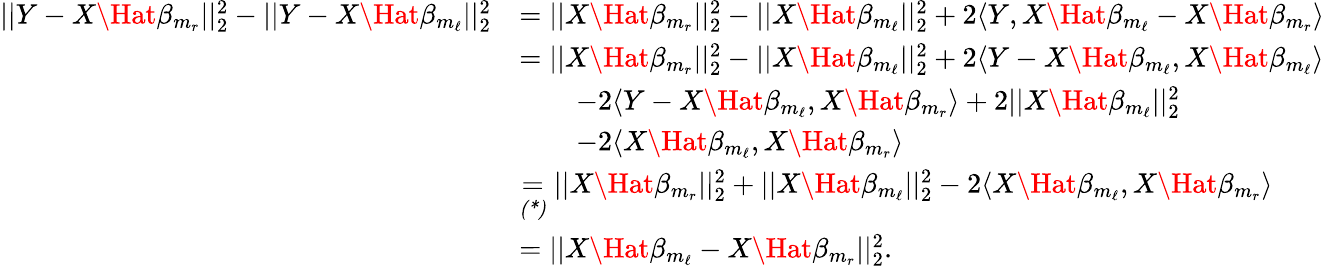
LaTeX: \begin{array}{rl}{||Y-X\Hat{\beta}_{m_{r}}||_{2}^{2}-||Y-X\Hat{\beta}_{m_{\ell}}||_{2}^{2}}&{=||X\Hat{\beta}_{m_{r}}||_{2}^{2}-||X\Hat{\beta}_{m_{\ell}}||_{2}^{2}+2\langle Y,X\Hat{\beta}_{m_{\ell}}-X\Hat{\beta}_{m_{r}}\rangle}\\ &{=||X\Hat{\beta}_{m_{r}}||_{2}^{2}-||X\Hat{\beta}_{m_{\ell}}||_{2}^{2}+2\langle Y-X\Hat{\beta}_{m_{\ell}},X\Hat{\beta}_{m_{\ell}}\rangle}\\ &{\quad\quad-2\langle Y-X\Hat{\beta}_{m_{\ell}},X\Hat{\beta}_{m_{r}}\rangle+2||X\Hat{\beta}_{m_{\ell}}||_{2}^{2}}\\ &{\quad\quad-2\langle X\Hat{\beta}_{m_{\ell}},X\Hat{\beta}_{m_{r}}\rangle}\\ &{\underset{\textit{(*)}}{=}||X\Hat{\beta}_{m_{r}}||_{2}^{2}+||X\Hat{\beta}_{m_{\ell}}||_{2}^{2}-2\langle X\Hat{\beta}_{m_{\ell}},X\Hat{\beta}_{m_{r}}\rangle}\\ &{=||X\Hat{\beta}_{m_{\ell}}-X\Hat{\beta}_{m_{r}}||_{2}^{2}.}\end{array}